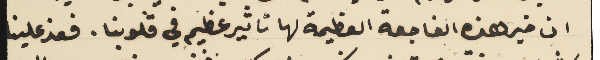
ان خبر هذه الفاجعة العظيمة لها تاثير عظيم في قلوبنا. فعذ علينا